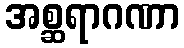
အစ္ဆရာဂဏာ